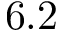
6 . 2